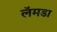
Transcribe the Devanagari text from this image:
लॅमडा